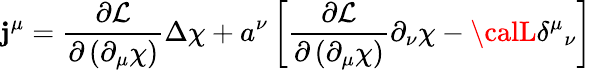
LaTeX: \mathbf{j}^{\mu}=\frac{{\partial{\mathcal{{L}}}}}{{\partial\left(\partial_{\mu}\chi\right)}}\Delta\chi+a^{\nu}\left[\frac{{\partial{\mathcal{{L}}}}}{{\partial\left(\partial_{\mu}\chi\right)}}\partial_{\nu}\chi-{\calL}\delta^{\mu}{}_{\nu}\right]